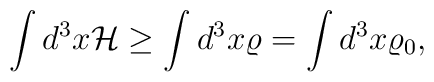
\int d^3 x {\cal H} \ge \int d^3 x \varrho =\int d^3 x \varrho_0 ,